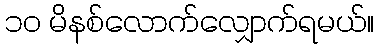
၁၀ မိနစ်လောက်လျှောက်ရမယ်။